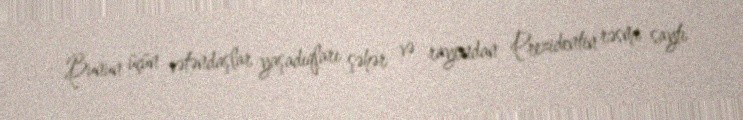
Bunun üçün vətəndaşlar yaşadıqları şəhər və rayondan Prezidentin rəsmi saytı